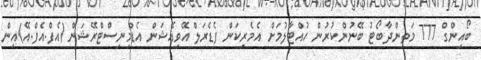
ބޯއިންގް 777 މަތިންދާބޯޓު ބޭނުންކުރުން ހުއްޓާލުމަށް އެމެރިކަން ފެޑެރަލް އޭވިއޭޝަން އެޑްމިނިސްޓްރޭޝަން (އެފް.އެފް.އޭ)އިން